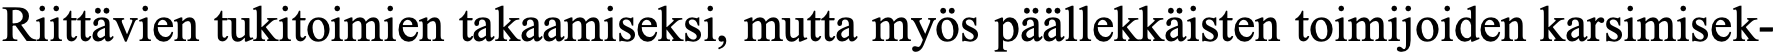
Riittävien tukitoimien takaamiseksi, mutta myös päällekkäisten toimijoiden karsimisek-